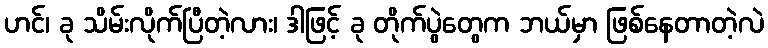
ဟင်၊ ခု သိမ်းလိုက်ပြီတဲ့လား၊ ဒါဖြင့် ခု တိုက်ပွဲတွေက ဘယ်မှာ ဖြစ်နေတာတဲ့လဲ